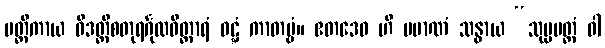
မတ္တိကာယ ဝိဒတ္ထိစတုရင်္ဂုလဝိတ္ထာရံ ဝဋ္ဋံ ကာတဗ္ဗံ။ ဧတဒေဝ ဟိ ပမာဏံ သန္ဓာယ “သုပ္ပမတ္တံ ဝါ